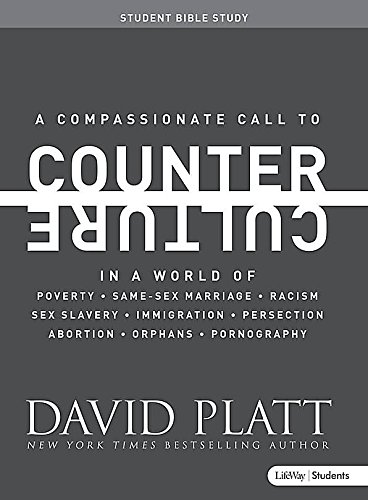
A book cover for Counter Culture (Student Leader Guide); David Platt; Christian Books & Bibles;